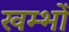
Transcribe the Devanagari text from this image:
खम्भोँ